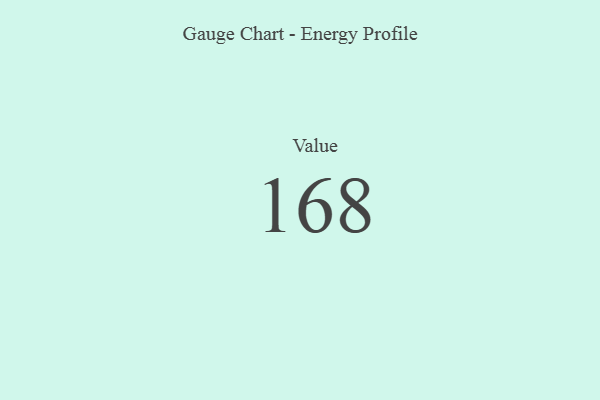
{"axis": {"x": "Metric", "y": "Value"}, "legend": [""], "data": [{"x": "Value", "y": 168, "type": ""}]}